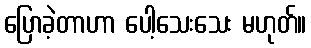
ပြောခဲ့တာဟာ ပေါ့သေးသေး မဟုတ်။